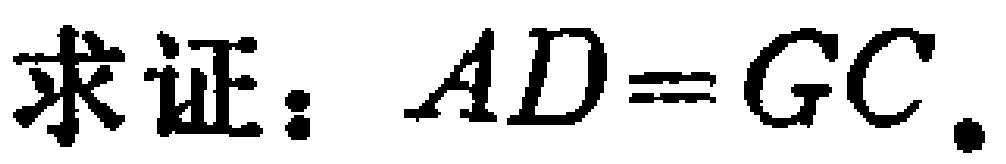
求证：\(AD = GC\).